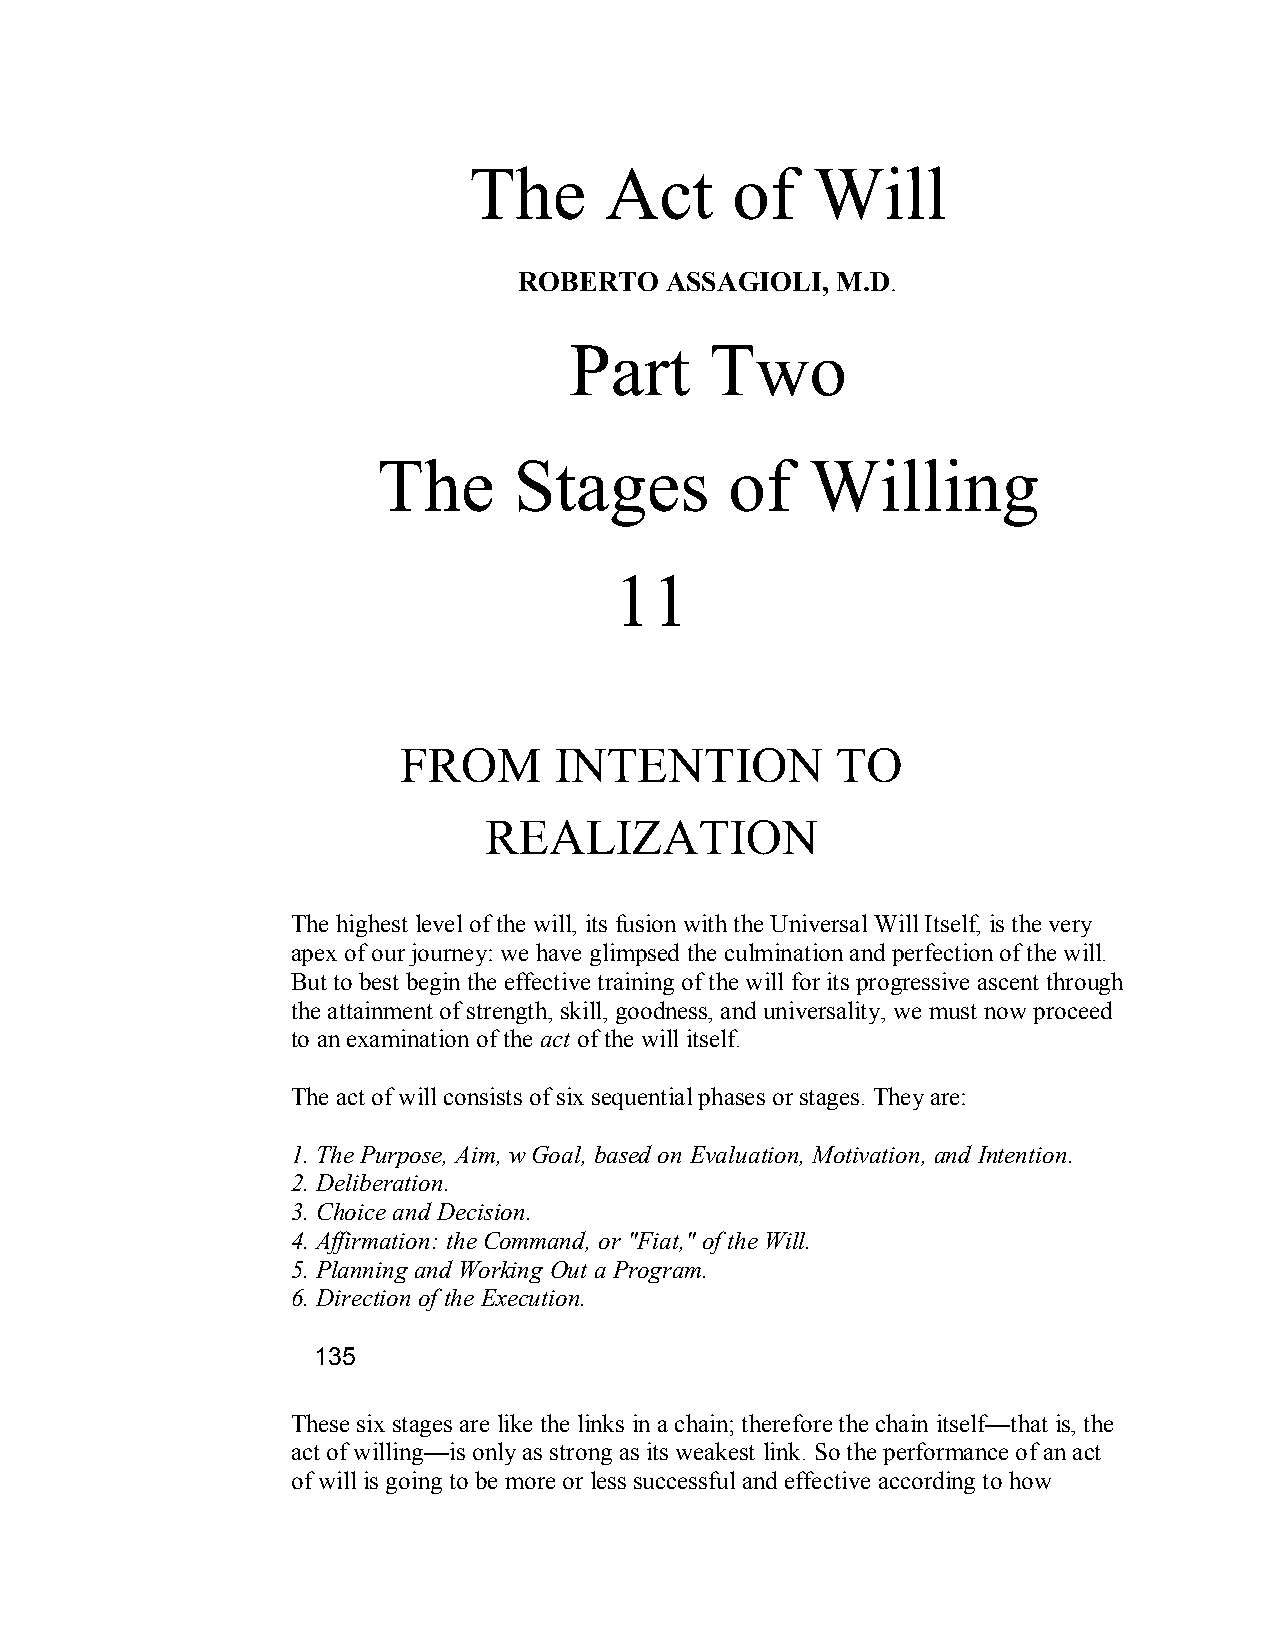
The      Act     of    Will
 ROBERTO   ASSAGIOLI, M.D.
 Part     Two
 The      Stages        of    Willing
 11
 FROM       INTENTION         TO
 REALIZATION
 The highest level of the will, its fusion with the Universal Will Itself, is the very
 apex of our journey: we have glimpsed the culmination and perfection of the will.
 But to best begin the effective training of the will for its progressive ascent through
 the attainment of strength, skill, goodness, and universality, we must now proceed
 to an examination of the act of the will itself.
 The act of will consists of six sequential phases or stages. They are:
 1. The Purpose, Aim, w Goal, based on Evaluation, Motivation, and Intention.
 2. Deliberation.
 3. Choice and Decision.
 4. Affirmation: the Command, or "Fiat," of the Will.
 5. Planning and Working Out a Program.
 6. Direction of the Execution.
 135
 These six stages are like the links in a chain; therefore the chain itself—that is, the
 act of willing—is only as strong as its weakest link. So the performance of an act
 of will is going to be more or less successful and effective according to how